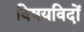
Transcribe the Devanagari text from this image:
विषयविदों